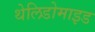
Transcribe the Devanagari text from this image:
थेलिडोमाइड